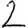
Digit: 2